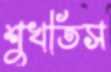
শুখতিস